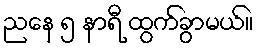
ညနေ ၅ နာရီ ထွက်ခွာမယ်။